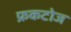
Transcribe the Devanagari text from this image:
फ्रकटोज